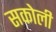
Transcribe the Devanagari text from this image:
सकोली